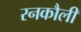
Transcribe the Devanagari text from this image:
रनकौली